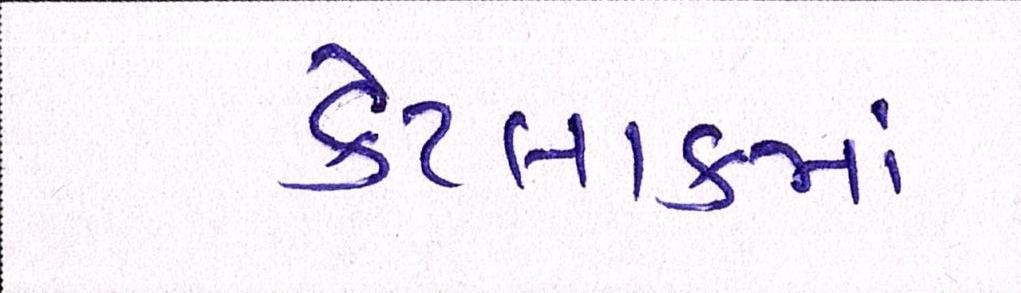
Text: કેટલાકમાં